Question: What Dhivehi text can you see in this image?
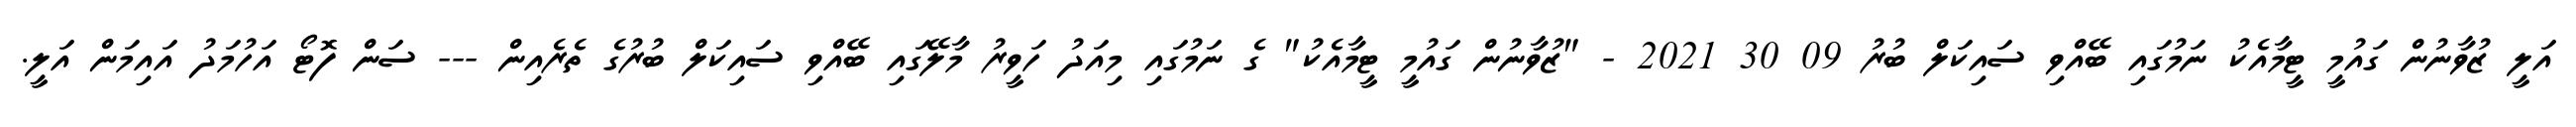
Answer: އަލީ ޒުވާނުން ގައުމީ ޓީމާއެކު ނަމުގައި ބޭއްވި ސައިކަލް ބުރު 09 30 2021 - "ޒުވާނުން ގައުމީ ޓީމާއެކު" ގެ ނަމުގައި މިއަދު ހަވީރު މާލޭގައި ބޭއްވި ސައިކަލް ބުރުގެ ތެރެއިން --- ސަން ފޮޓޯ އަހުމަދު އައިމަން އަލީ.